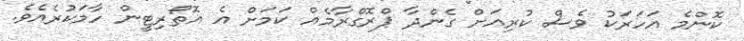
ކޮންމެ އަހަރަކު ވެސް ކުރިއަށް ގެންދާ ޕްރޮގްރާމެއް ކަމަށް އެ އޮތޯރިޓީން ހާމަކުރެއެވެ.